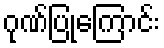
ဂုဏ်ပြုကြောင်း